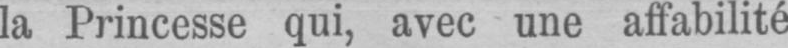
la Princesse qui, avec une affabilité